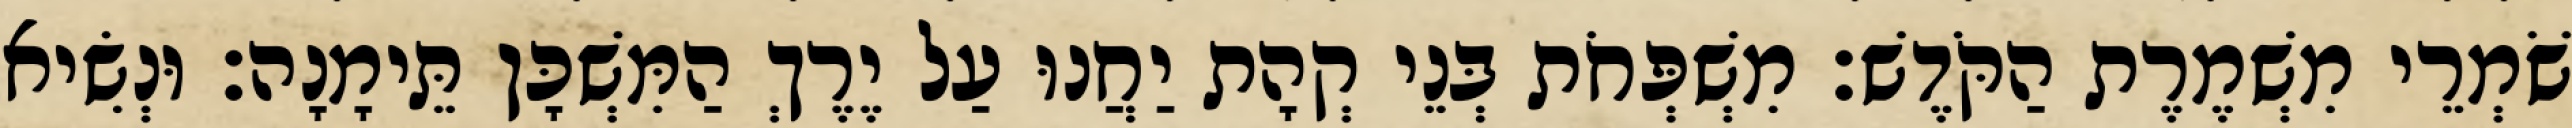
שֹׁמְרֵי מִשְׁמֶרֶת הַקֹּדֶשׁ׃ מִשְׁפְּחֹת בְּנֵי קְהָת יַחֲנוּ עַל יֶרֶךְ הַמִּשְׁכָּן תֵּימָנָה׃ וּנְשִׂיא